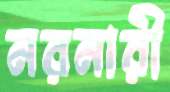
নরনারী